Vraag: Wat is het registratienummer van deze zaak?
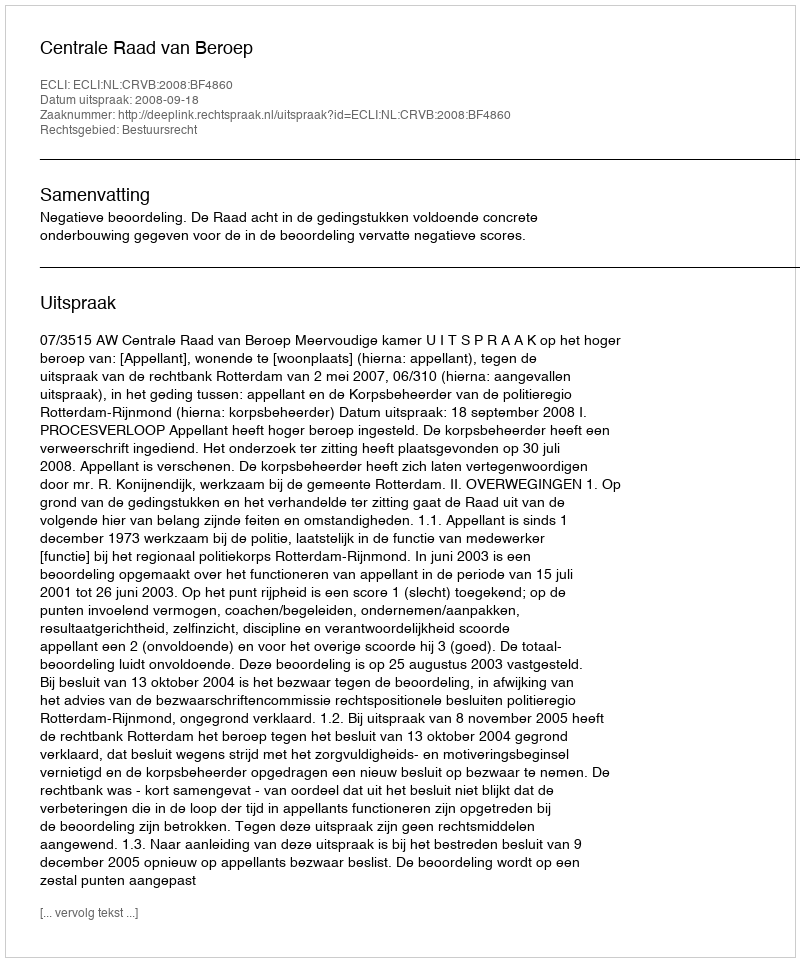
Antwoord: http://deeplink.rechtspraak.nl/uitspraak?id=ECLI:NL:CRVB:2008:BF4860